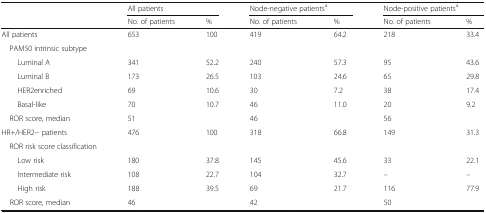
<table><thead><tr><td rowspan="2"></td><td colspan="2"><b>All patients</b></td><td colspan="2"><b>Node-negative patients<sup>a</sup></b></td><td colspan="2"><b>Node-positive patients<sup>a</sup></b></td></tr><tr><td><b>No. of patients</b></td><td><b>%</b></td><td><b>No. of patients</b></td><td><b>%</b></td><td><b>No. of patients</b></td><td><b>%</b></td></tr></thead><tbody><tr><td>All patients</td><td>653</td><td>100</td><td>419</td><td>64.2</td><td>218</td><td>33.4</td></tr><tr><td> PAM50 intrinsic subtype</td><td></td><td></td><td></td><td></td><td></td><td></td></tr><tr><td>Luminal A</td><td>341</td><td>52.2</td><td>240</td><td>57.3</td><td>95</td><td>43.6</td></tr><tr><td>Luminal B</td><td>173</td><td>26.5</td><td>103</td><td>24.6</td><td>65</td><td>29.8</td></tr><tr><td>HER2enriched</td><td>69</td><td>10.6</td><td>30</td><td>7.2</td><td>38</td><td>17.4</td></tr><tr><td>Basal-like</td><td>70</td><td>10.7</td><td>46</td><td>11.0</td><td>20</td><td>9.2</td></tr><tr><td> ROR score, median</td><td>51</td><td></td><td>46</td><td></td><td>56</td><td></td></tr><tr><td>HR+/HER2− patients</td><td>476</td><td>100</td><td>318</td><td>66.8</td><td>149</td><td>31.3</td></tr><tr><td> ROR risk score classification</td><td></td><td></td><td></td><td></td><td></td><td></td></tr><tr><td>Low risk</td><td>180</td><td>37.8</td><td>145</td><td>45.6</td><td>33</td><td>22.1</td></tr><tr><td>Intermediate risk</td><td>108</td><td>22.7</td><td>104</td><td>32.7</td><td>–</td><td>–</td></tr><tr><td>High risk</td><td>188</td><td>39.5</td><td>69</td><td>21.7</td><td>116</td><td>77.9</td></tr><tr><td> ROR score, median</td><td>46</td><td></td><td>42</td><td></td><td>50</td><td></td></tr></tbody></table>